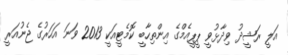
އަލީ ރަޝީދު ވިދާޅުވީ ޕީޕީއެމްގެ އިންތިހާބީ ކޮމެޓީއަކީ 2013 ވަނަ އަހަރުގެ ޖެނުއަރީ